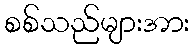
စစ်သည်များအား